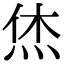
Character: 烋